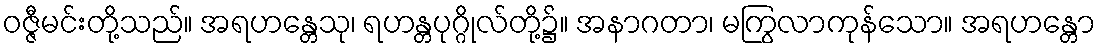
ဝဇ္ဇီမင်းတို့သည်။ အရဟန္တေသု၊ ရဟန္တပုဂ္ဂိုလ်တို့၌။ အနာဂတာ၊ မကြွလာကုန်သော။ အရဟန္တော